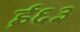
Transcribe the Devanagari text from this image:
ई६३